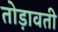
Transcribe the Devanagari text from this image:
तोड़ावती